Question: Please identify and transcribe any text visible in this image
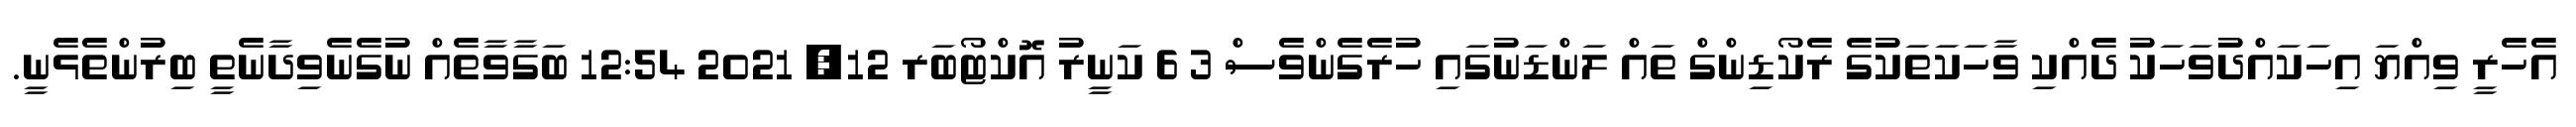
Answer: އެހެރީ ވިއްޔަ އިހަކައްދުވަހަކު ދެއްކި ވާހަކަތަކުގެ ރެކޯޑިންގް ތައް ލަންޑަނުގައި ހުރެގެންވެސް 3 6 ކަނީރު އޮކްޓޯބަރ 12, 2021 12:54 ބަގާވާތެއް ނުގެނެވިދާނެތީ ބިރުންތެޅެނީ.